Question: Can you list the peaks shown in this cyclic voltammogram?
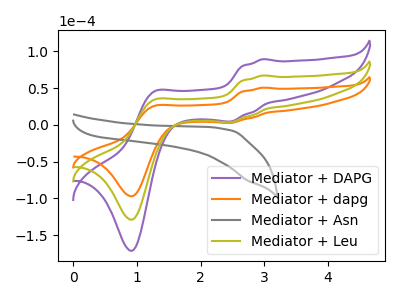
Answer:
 <answer>The purple curve "Mediator + DAPG" has anodic peaks at (3.00V, 134.40uA) (1.25V, 68.00uA) and cathodic peaks at (2.45V, 6.85uA) (0.90V, -257.80uA). The orange curve "Mediator + dapg" has anodic peaks at (3.00V, 50.60uA) (1.25V, 25.60uA) and cathodic peaks at (2.45V, 2.55uA) (0.90V, -97.05uA). The gray curve "Mediator + Asn" has no peaks. The olive curve "Mediator + Leu" has anodic peaks at (3.00V, 67.20uA) (1.25V, 34.00uA) and cathodic peaks at (2.45V, 3.40uA) (0.90V, -128.90uA).</answer>
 <eval></eval>